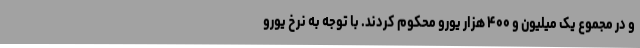
و در مجموع یک میلیون و ۴۰۰ هزار یورو محکوم کردند. با توجه به نرخ یورو